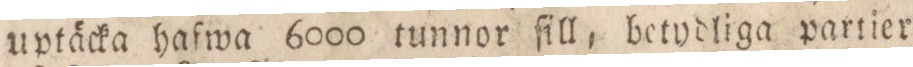
uptäcka hafwa 6000 tunnor ſill, betydliga partier